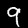
Label: 9